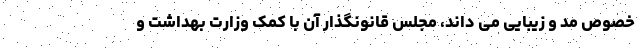
خصوص مد و زیبایی می داند، مجلس قانونگذار آن با کمک وزارت بهداشت و